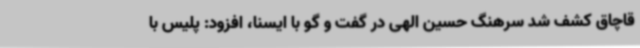
قاچاق کشف شد سرهنگ حسین الهی در گفت و گو با ایسنا، افزود: پلیس با